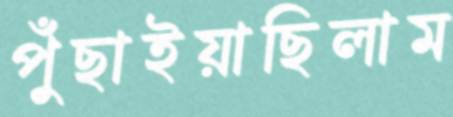
পুঁছাইয়াছিলাম